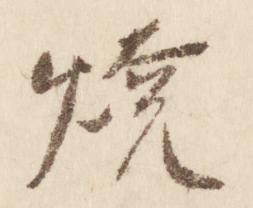
焼